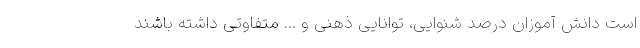
است دانش آموزان درصد شنوایی، توانایی ذهنی و ... متفاوتی داشته باشند